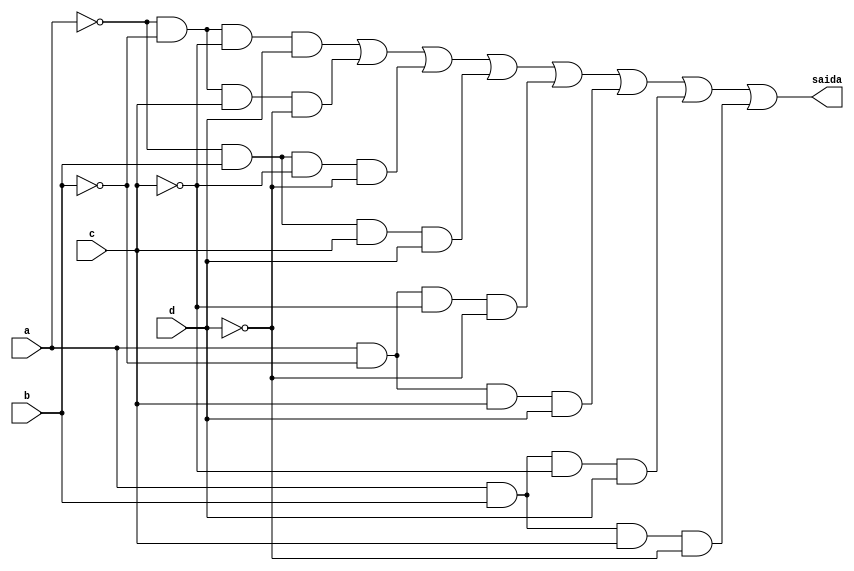
// Nome: Silvino Henrique Santos de Souza
// Matrcula: 412773

module metodoprovae ( saida,a,b,c,d );

output saida;
input a,b,c,d;
wire temp1,temp2,temp3,temp4,temp5,temp6,temp7,temp8,temp9,temp10,temp11,temp12;
wire temp13,temp14,temp15,temp16,temp17,temp18,temp19,temp20;
wire temp21,temp22,temp23,temp24;


not NOT1 (temp1,a);
not NOT2 (temp2,b);
not NOT3 (temp3,c);
and AND1 (temp4,temp1,temp2,temp3,d);
not NOT4 (temp5,a);
not NOT5 (temp6,b);
not NOT6 (temp7,d);
and AND2 (temp8,temp5,temp6,c,temp7);
not NOT7 (temp9,a);
not NOT8 (temp10,c);
not NOT9 (temp11,d);
and AND3 (temp12,temp9,b,temp10,temp11);
not NOT10(temp13,a);
and AND4 (temp14,temp13,b,c,d);
not NOT11(temp15,b);
not NOT12(temp16,c);
not NOT13(temp17,d);
and AND5 (temp18,a,temp15,temp16,temp17);
not NOT14(temp19,b);
and AND6 (temp20,a,temp19,c,d);
not NOT15(temp21,c);
and AND7 (temp22,a,b,temp21,d);
not NOT16(temp23,d);
and AND8 (temp24,a,b,c,temp23);
or OR1   (saida,temp4,temp8,temp12,temp14,temp18,temp20,temp22,temp24);

endmodule
 
module testprova1;
reg a,b,c,d;
wire saida;

metodoprovae PROVAE ( saida,a,b,c,d );

initial begin:start
        a=0; b=0; c=0; d=0;
end

initial begin: main
#1 $display (" Circuito da questao e da prova ");
#1 $display (" a |  b |  c |  d  =  saida ");
  $monitor (" %b  | %b  | %b |  %b  =   %b ",a,b,c,d,saida);
           #1 a=0;    b=0;   c=0;   d=1;
			  #1 a=0;    b=0;   c=1;   d=0;
			  #1 a=0;    b=0;   c=1;   d=1;
			  #1 a=0;    b=1;   c=0;   d=0;
			  #1 a=0;    b=1;   c=0;   d=1;
			  #1 a=0;    b=1;   c=1;   d=0;
			  #1 a=0;    b=1;   c=1;   d=1;
			  #1 a=1;    b=0;   c=0;   d=0;
			  #1 a=1;    b=0;   c=0;   d=1;
			  #1 a=1;    b=0;   c=1;   d=0;
			  #1 a=1;    b=0;   c=1;   d=1;
			  #1 a=1;    b=1;   c=0;   d=0;
			  #1 a=1;    b=1;   c=0;   d=1;
			  #1 a=1;    b=1;   c=1;   d=0;
			  #1 a=1;    b=1;   c=1;   d=1;
			  
			  
			  
end
endmodule